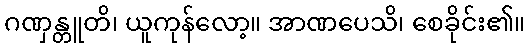
ဂဏှန္တူတိ၊ ယူကုန်လော့။ အာဏပေသိ၊ စေခိုင်း၏။